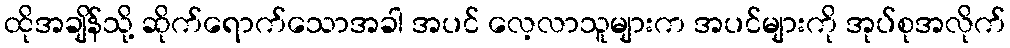
ထိုအချိန်သို့ ဆိုက်ရောက်သောအခါ အပင် လေ့လာသူများက အပင်များကို အုပ်စုအလိုက်